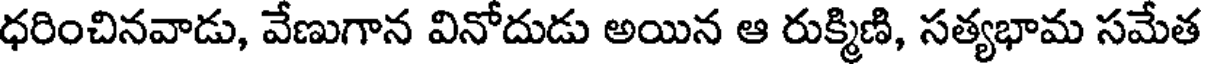
ధరించినవాడు, వేణుగాన వినోదుడు అయిన ఆ రుక్మిణి, సత్యభామ సమేత